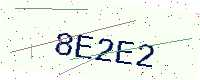
Text: 8E2E2